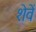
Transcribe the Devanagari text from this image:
शेवें